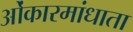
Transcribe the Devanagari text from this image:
ओंकारमांधाता